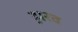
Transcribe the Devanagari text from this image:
झ़रव